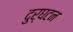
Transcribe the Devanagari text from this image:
दुर्घटन